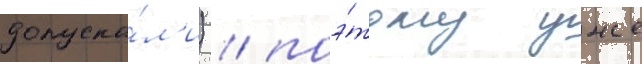
допуска́л'и) / поэ́тому уже